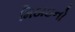
મિઠાઇનો